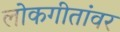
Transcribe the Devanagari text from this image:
लोकगीतांवर